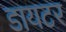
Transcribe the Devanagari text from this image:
डायटर